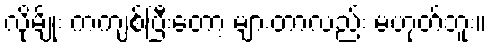
လိုမျိုး ကကျစ်ပြီးတော့ များတာလည်း မဟုတ်ဘူး။